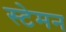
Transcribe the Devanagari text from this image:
स्टेमन